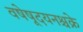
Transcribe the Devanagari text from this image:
वषेषूदयनश्चक्रे